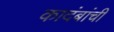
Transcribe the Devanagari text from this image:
कादंबांची